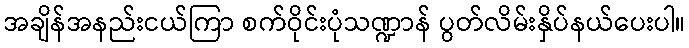
အချိန်အနည်းငယ်ကြာ စက်ဝိုင်းပုံသဏ္ဍာန် ပွတ်လိမ်းနှိပ်နယ်ပေးပါ။